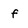
Character: f